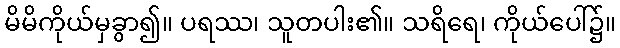
မိမိကိုယ်မှခွာ၍။ ပရဿ၊ သူတပါး၏။ သရိရေ၊ ကိုယ်ပေါ်၌။